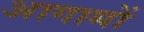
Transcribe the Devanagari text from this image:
आगामों